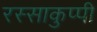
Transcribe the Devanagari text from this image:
रस्साकुप्पी